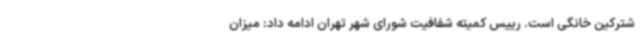
شترکین خانگی است. رییس کمیته شفافیت شورای شهر تهران ادامه داد: میزان